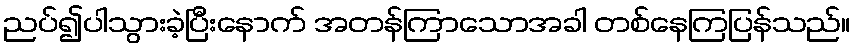
ညပ်၍ပါသွားခဲ့ပြီးနောက် အတန်ကြာသောအခါ တစ်နေကြပြန်သည်။